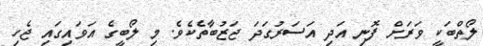
ލޯތްބަކީ ވަރަށް ފޮނި އަދި އަސަރުގަދަ ޖަޒުބާތެކެވެ. މި ލޯބީގެ އަވައިގައި ޖެހި